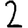
Digit: 2